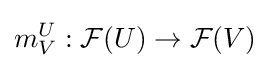
m_{V}^{U}:{\mathcal {F}}(U)\rightarrow {\mathcal {F}}(V)